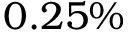
0 . 2 5 \%